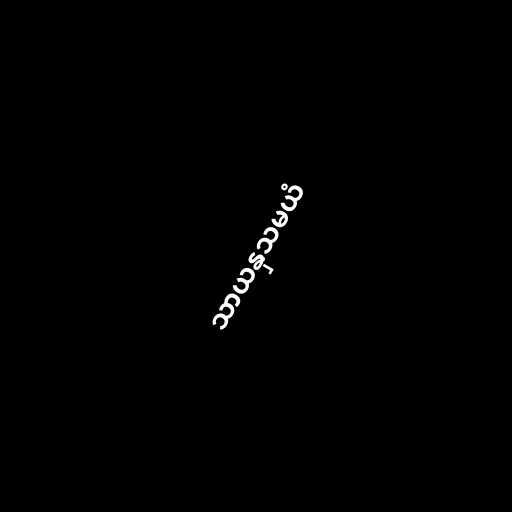
သာယနှသမယံ